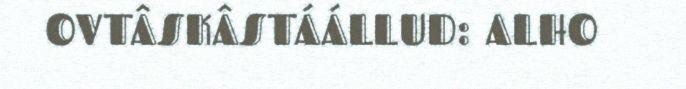
OVTÂSKÂSTÁÁLLUD: ALHO